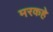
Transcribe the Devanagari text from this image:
मरकहे